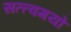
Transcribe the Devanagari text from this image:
सत्त्वमयो